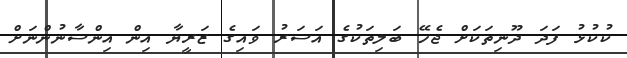
ކުކުޅު ފަދަ ދޫނިތަކަށް ޖެހޭ ބަލިތަކުގެ އަސަރު ވައިގެ ޒަރީޔާ އިން އިންސާނުންނަށް